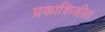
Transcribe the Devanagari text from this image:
प्रकाशिकीत